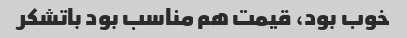
خوب بود، قیمت هم مناسب بود باتشکر